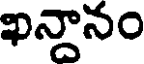
ఖన్దానం